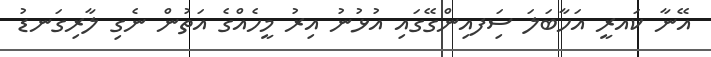
އޭނާ ކައރީ އަހާބަލަ ސިަފއިންގޭގައި އުޅުނު އިރު މީހެއްގެ އަތުން ނެގި ލާރިގަނޑު